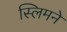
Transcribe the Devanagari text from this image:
स्लिमने